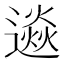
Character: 𨗄